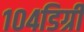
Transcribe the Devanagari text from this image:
१०४डिग्री